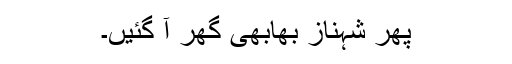
پھر شہناز بھابھی گھر آ گئیں۔